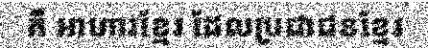
គឺ អាហារខ្មែរ ដែលប្រជាជនខ្មែរ